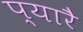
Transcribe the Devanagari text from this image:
प्यारै